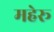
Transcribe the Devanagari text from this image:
महेरू